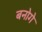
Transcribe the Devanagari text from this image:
बनोगे